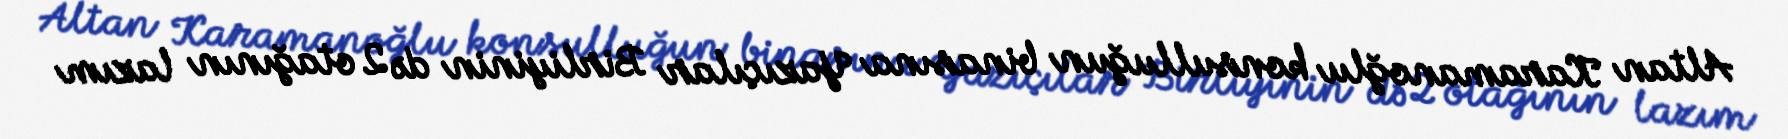
Altan Karamanoğlu konsulluğun binasına Yazıçılar Birliyinin də 2 otağının lazım